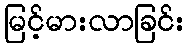
မြင့်မားလာခြင်း